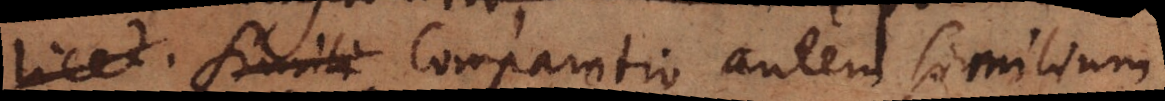
licet. Simili Comparatio autem similium